Annual report of the Punjab Veterinary College and of the Civil Veterinary Department, Punjab - 1920-1925
Year: 1920
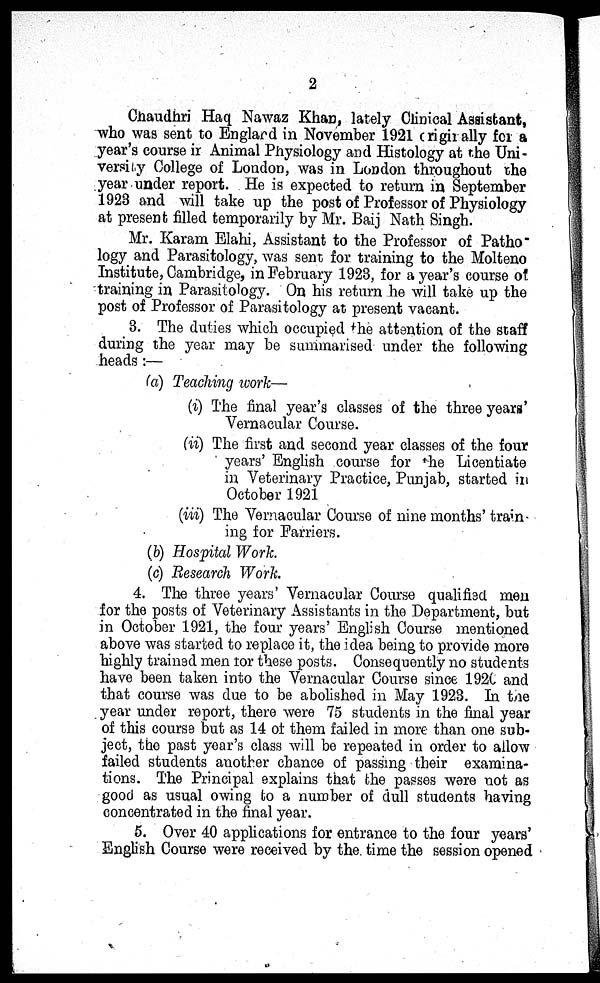
2
Chaudhri Haq Nawaz Khan, lately Clinical Assistant,
who was sent to England in November 1921 originally for a
year's course in Animal Physiology and Histology at the Uni-
versity College of London, was in London throughout the
year under report. He is expected to return in September
1923 and will take up the post of Professor of Physiology
at present filled temporarily by Mr. Baij Nath Singh.
Mr. Karam Elahi, Assistant to the Professor of Patho-
logy and Parasitology, was sent for training to the Molteno
Institute, Cambridge, in February 1923, for a year's course of
training in Parasitology. On his return he will take up the
post of Professor of Parasitology at present vacant.
3. The duties which occupied the attention of the staff
during the year may be summarised under the following
heads:—
(a) Teaching work—
(i) The final year's classes of the three years'
Vernacular Course.
(ii) The first and second year classes of the four
years' English course for the Licentiate
in Veterinary Practice, Punjab, started in
October 1921
(iii) The Vernacular Course of nine months' train
ing for Farriers.
(b) Hospital Work.
(c) Research Work.
4. The three years' Vernacular Course qualified men
for the posts of Veterinary Assistants in the Department, but
in October 1921, the four years' English Course mentioned
above was started to replace it, the idea being to provide more
highly trained men for these posts. Consequently no students
have been taken into the Vernacular Course since 1920 and
that course was due to be abolished in May 1923. In the
year under report, there were 75 students in the final year
of this course but as 14 of them failed in more than one sub-
ject, the past year's class will be repeated in order to allow
failed students another chance of passing their examina-
tions. The Principal explains that the passes were not as
good as usual owing to a number of dull students having
concentrated in the final year.
5. Over 40 applications for entrance to the four years'
English Course were received by the. time the session opened